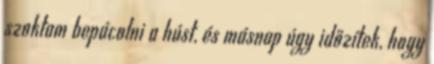
szoktam bepácolni a húst, és másnap úgy időzítek, hogy